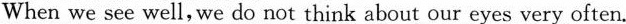
When we see well, we do not think about our eyes very often.